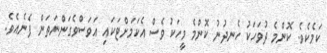
ކަމެކެވެ. ކޮންމެ ދުވަހަކު ހެނދުނު ކޮންމެ މީހަކު ވެސް އެކަމަށްޓަކައި އަވަސްވެގަންނަތަން ފެނެއެވެ.